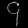
Digit: ၄